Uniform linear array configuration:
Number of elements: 48
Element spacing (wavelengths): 0.75
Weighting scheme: kaiser
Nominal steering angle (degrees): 30
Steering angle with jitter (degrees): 30.353
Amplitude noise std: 0.05
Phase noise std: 0.05

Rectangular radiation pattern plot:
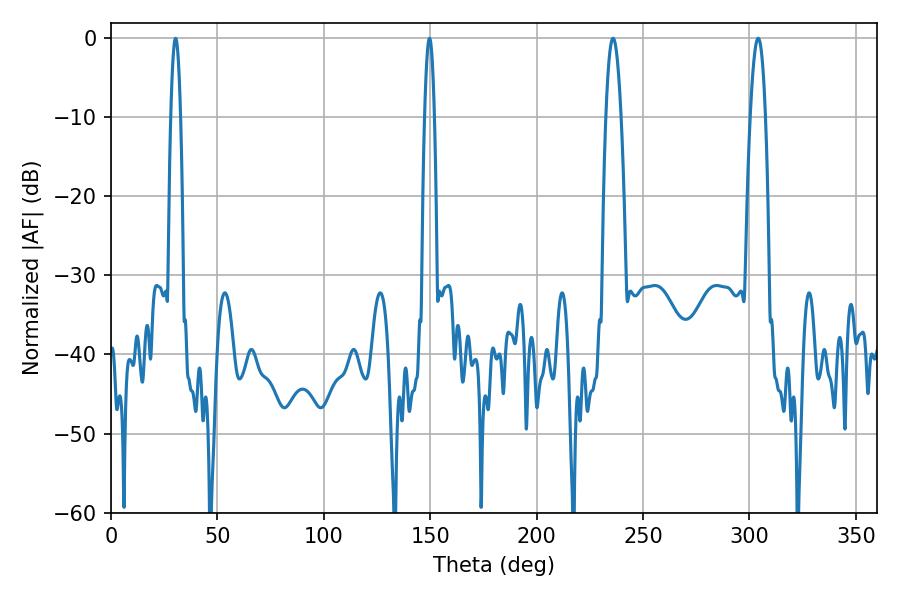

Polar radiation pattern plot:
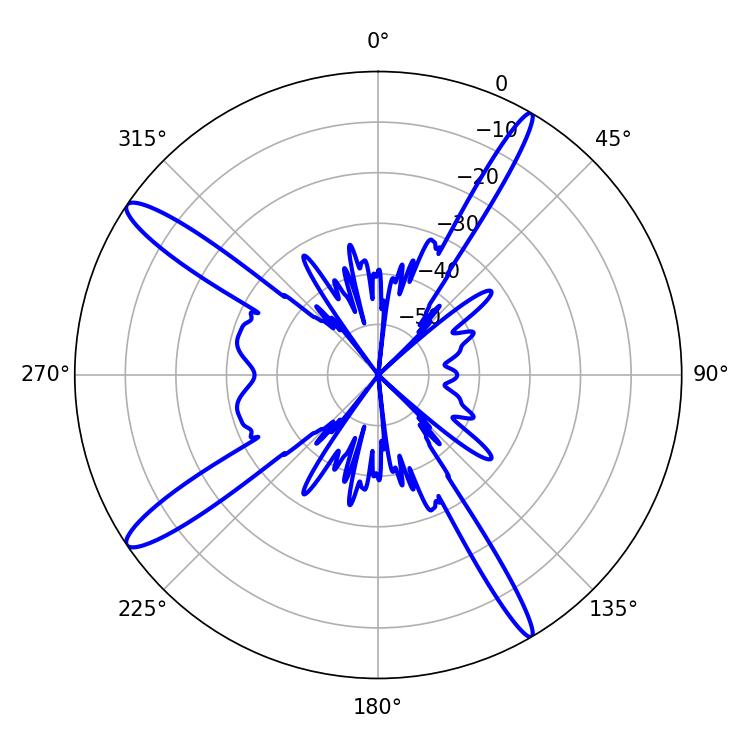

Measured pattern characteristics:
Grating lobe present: TRUE
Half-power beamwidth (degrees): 3.96
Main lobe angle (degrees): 304.02